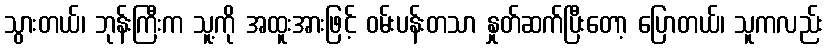
သွားတယ်၊ ဘုန်းကြီးက သူ့ကို အထူးအားဖြင့် ဝမ်းပန်းတသာ နှုတ်ဆက်ပြီးတော့ ပြောတယ်၊ သူကလည်း